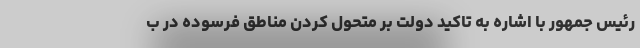
رئیس جمهور با اشاره به تاکید دولت بر متحول کردن مناطق فرسوده در ب